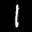
Label: 1